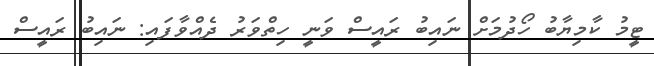
ޓީމު ކާމިޔާބު ހޯދުމަށް ނައިބު ރައީސް ވަނީ ހިތްވަރު ދެއްވާފައި: ނައިބު ރައީސް